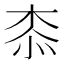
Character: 𣑰